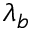
\lambda _ { b }